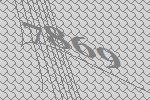
7869